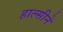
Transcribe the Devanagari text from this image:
हाल्सीने